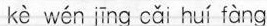
kè wén jīng cǎi huí fàng